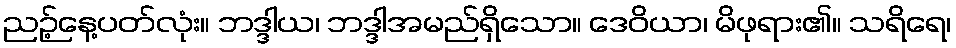
ညဉ့်နေ့ပတ်လုံး။ ဘဒ္ဒါယ၊ ဘဒ္ဒါအမည်ရှိသော။ ဒေဝိယာ၊ မိဖုရား၏။ သရိရေ၊